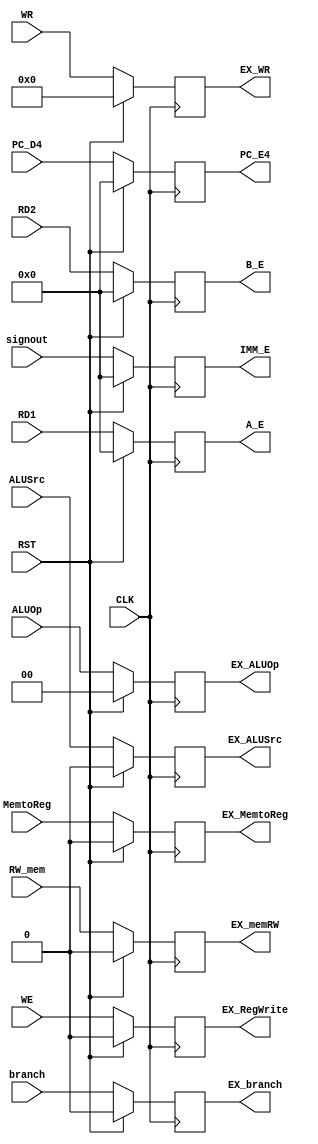
module ID_EX(PC_D4, RD1, RD2, signout, ALUSrc, ALUOp, branch, RW_mem, MemtoReg, WE, WR,   
PC_E4, A_E, B_E, IMM_E, EX_ALUSrc, EX_ALUOp, EX_branch, EX_memRW, EX_MemtoReg, EX_RegWrite, EX_WR, CLK, RST);

    input CLK;
    input RST;
    input [31:0] PC_D4;
    input [31:0] RD1;
    input [31:0] RD2;
    input [31:0] signout;
    input ALUSrc;
    input [1:0] ALUOp;
    input branch;
    input RW_mem;
    input MemtoReg;
    input WE;
    input [4:0] WR;

    output reg [31:0] PC_E4;
    output reg [31:0] A_E;
    output reg [31:0] B_E;
    output reg [31:0] IMM_E;
    output reg EX_ALUSrc;
    output reg [1:0] EX_ALUOp;
    output reg EX_branch;
    output reg EX_memRW;
    output reg EX_MemtoReg;
    output reg EX_RegWrite;
    output reg [4:0] EX_WR;
    



    always @(posedge CLK) begin
        if(RST) begin 
            PC_E4 <= 0;
            A_E <= 0;
            B_E <= 0;
            IMM_E <= 0;
            EX_ALUSrc <= 0;
            EX_ALUOp <= 0;
            EX_branch <= 0;
            EX_memRW <= 0;
            EX_MemtoReg <= 0;
            EX_RegWrite <= 0;
            EX_WR <= 0;
        end else begin 
        PC_E4 <= PC_D4;
        A_E <= RD1;
        B_E <= RD2;
        IMM_E <= signout;
        EX_ALUSrc <= ALUSrc;
        EX_ALUOp <= ALUOp;
        EX_branch <= branch;
        EX_memRW <= RW_mem;
        EX_MemtoReg <= MemtoReg;
        EX_RegWrite <= WE;
        EX_WR <= WR;
        // $display("%2t: ID_EX", $time);
        end
    end

// iverilog -o test Vr_inst_mem.v PipelinedCpu.v PipelinedCpu_tb.v Vr_register_file.v SignedExtension.v Vr_data_mem.v Control.v ALUcontrol.v mux.v ALU.v Shift.v ALU_ADD.v PC.v ADD_4.v ANDGATE.v IF_ID.v ID_EX.v EX_MEM.v MEM_WB.v
endmodule